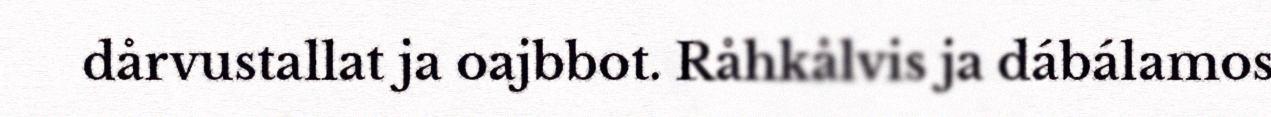
dårvustallat ja oajbbot. Råhkålvis ja dábálamos